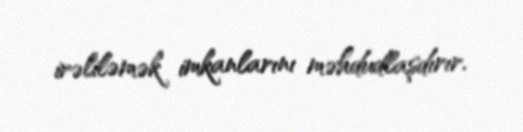
irəliləmək imkanlarını məhdudlaşdırır.